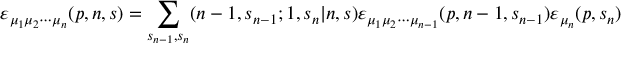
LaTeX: \varepsilon _ { \mu _ { 1 } \mu _ { 2 } \cdots \mu _ { n } } ( p , n , s ) = \sum _ { s _ { n - 1 } , s _ { n } } ( n - 1 , s _ { n - 1 } ; 1 , s _ { n } | n , s ) \varepsilon _ { \mu _ { 1 } \mu _ { 2 } \cdots \mu _ { n - 1 } } ( p , n - 1 , s _ { n - 1 } ) \varepsilon _ { \mu _ { n } } ( p , s _ { n } )